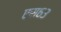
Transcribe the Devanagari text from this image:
एस६३